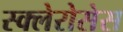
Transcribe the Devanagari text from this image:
स्क्लेरोसेस